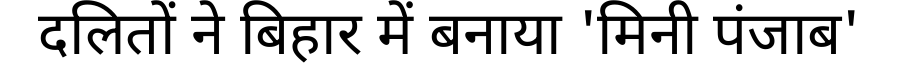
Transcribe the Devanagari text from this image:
दलितों ने बिहार में बनाया 'मिनी पंजाब'